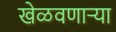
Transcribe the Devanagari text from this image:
खेळवणाऱ्या